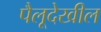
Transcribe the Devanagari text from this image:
पैलूदेखील